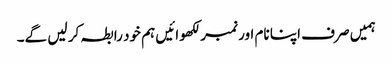
ہمیں صرف اپنا نام اور نمبر لکھوائیں ہم خود رابطہ کر لیں گے۔